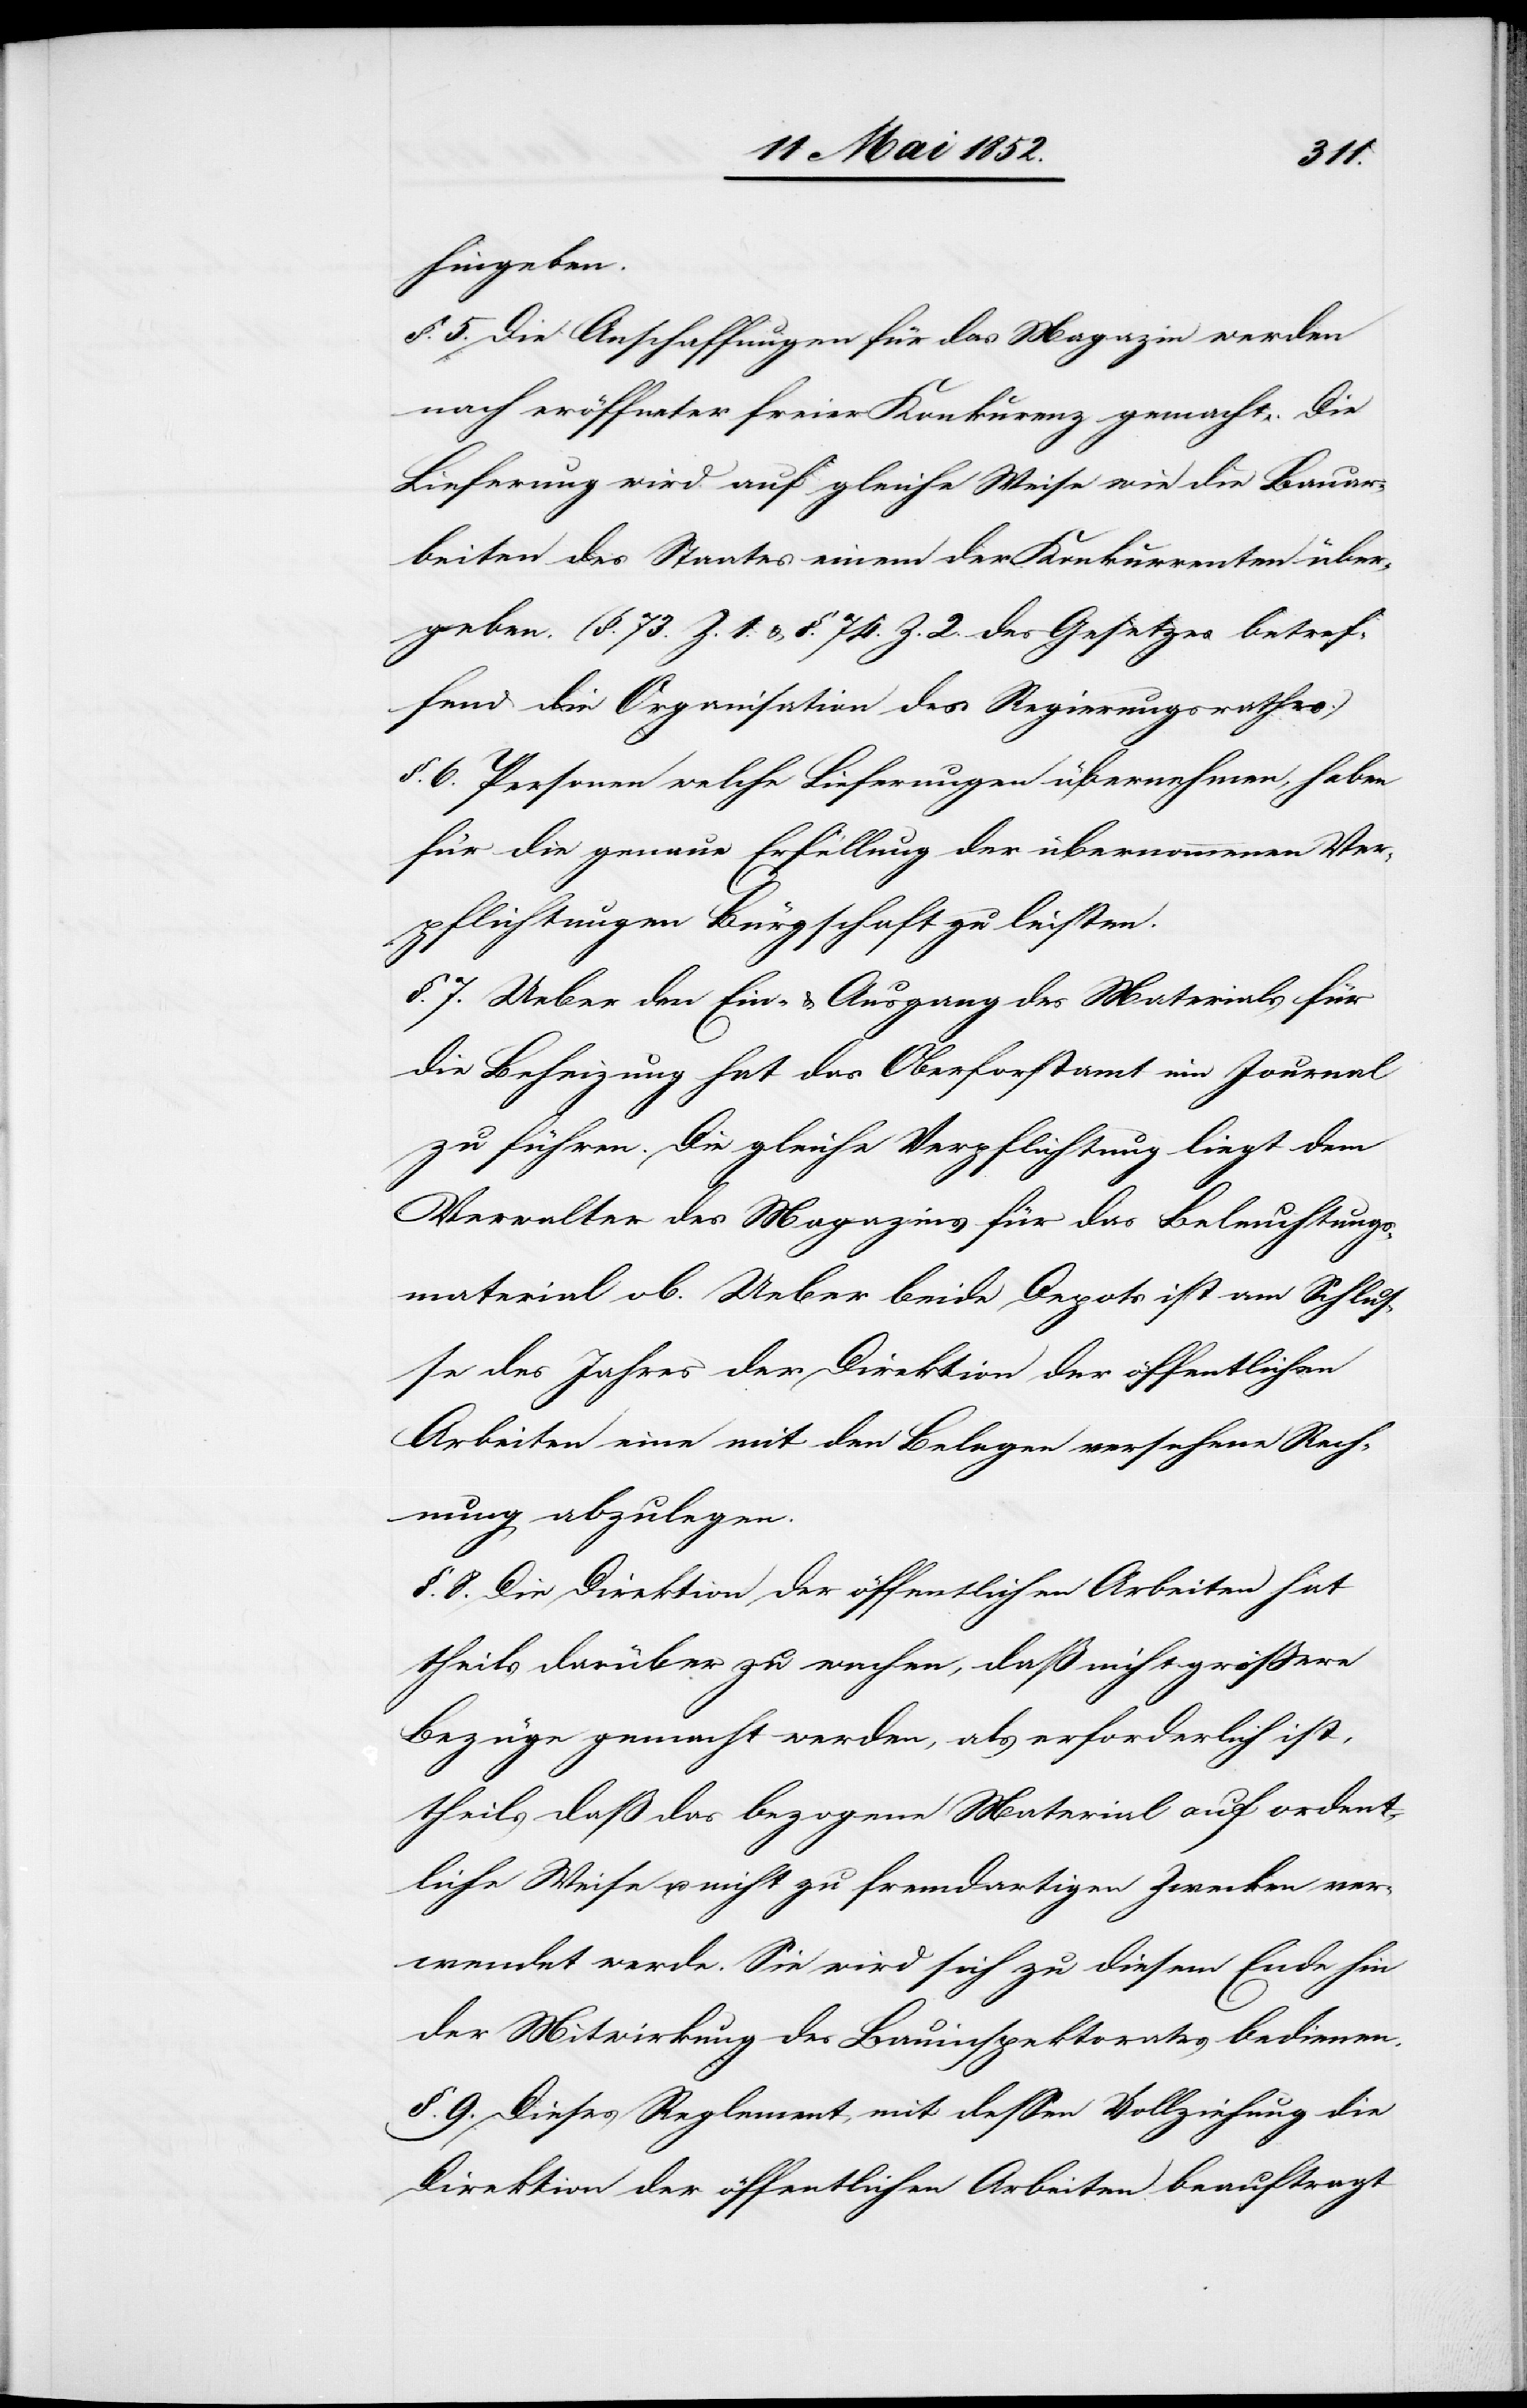
hingeben.
§. 5. Die Anschaffungen für das Magazin werden
nach eröffneter freier Konkur[r]enz gemacht. Die
Lieferung wird auf gleiche Weise wie die Bauar¬
beiten des Staates einem der Konkurrenten über¬
geben. (§. 73. Z. 1. & §. 74. Z. 2. des Gesetzes betref¬
fend die Organisation des Regierungsrathes.)
§. 6. Personen welche Lieferungen übernehmen, haben
für die genaue Erfüllung der übernommenen Ver¬
pflichtungen Bürgschaft zu leisten.
§. 7. Ueber den Ein- & Ausgang des Materials für
die Beheizung hat das Oberforstamt ein Journal
zu führen. Die gleiche Verpflichtung liegt dem
Verwalter des Magazins für das Beleuchtungs¬
material ob. Ueber beide Depots ist am Schlus¬
se des Jahres der Direktion der öffentlichen
Arbeiten eine mit den Belegen versehene Rech¬
nung abzulegen.
§. 8. Die Direktion der öffentlichen Arbeiten hat
theils darüber zu wachen, daß nicht grössere
Bezüge gemacht werden, als erforderlich ist,
theils daß das bezogene Material auf ordent¬
liche Weise u. nicht zu fremdartigen Zwecken ver¬
wendet werde. Sie wird sich zu diesem Ende hin
der Mitwirkung des Bauinspektorates bedienen.
§. 9. Dieses Reglement, mit dessen Vollziehung die
Direktion der öffentlichen Arbeiten beauftragt